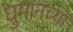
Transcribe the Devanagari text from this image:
घुमानच्या